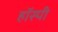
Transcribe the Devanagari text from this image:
हॉस्पी